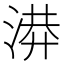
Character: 𭱄